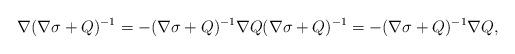
LaTeX: \begin{align*} \nabla(\nabla \sigma + Q)^{-1} &=-(\nabla \sigma + Q)^{-1} \nabla Q (\nabla \sigma + Q)^{-1} =-(\nabla \sigma + Q)^{-1} \nabla Q,\end{align*}